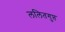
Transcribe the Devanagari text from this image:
ललितगुप्त